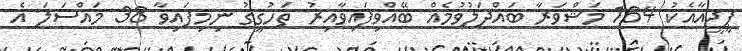
ޕީޖީއާއެކު 164 މަޝްވަރާ ބައްދަލުވުމެއް ބޭއްވިފައިވާއިރު ތަހުގީގު ނިމިފައިވާ 38 މައްސަލަ އެ